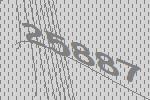
25887